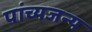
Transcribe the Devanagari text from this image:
पांच्यजन्य